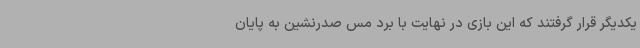
یکدیگر قرار گرفتند که این بازی در نهایت با برد مس صدرنشین به پایان